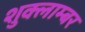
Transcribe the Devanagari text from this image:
शुक्लाम्बर